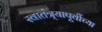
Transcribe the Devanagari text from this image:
स्वातंत्र्यापूर्वीच्या